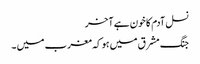
نسل آدم کا خون ہے آخر
جنگ مشرق میں ہو کہ مغرب میں ۔